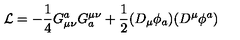
{ \cal L } = - { \frac { 1 } { 4 } } G _ { \mu \nu } ^ { a } G _ { a } ^ { \mu \nu } + { \frac { 1 } { 2 } } ( D _ { \mu } \phi _ { a } ) ( D ^ { \mu } \phi ^ { a } )